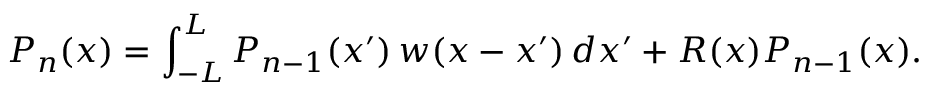
P _ { n } ( x ) = \int _ { - L } ^ { L } P _ { n - 1 } ( x ^ { \prime } ) \, w ( x - x ^ { \prime } ) \, d x ^ { \prime } + R ( x ) P _ { n - 1 } ( x ) .